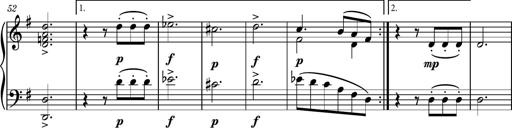
Title: Piano Sonatina No.7
Composer: Dimitri Sykias
Key: G major